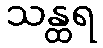
သန္ထရ